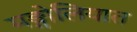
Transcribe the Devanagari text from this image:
मङ्गोलियात